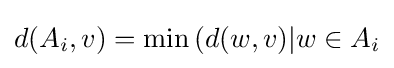
d(A_{i},v)=\min {(d(w,v)|w\in A_{i}}